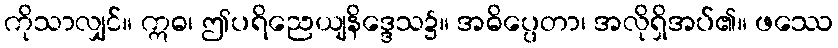
ကိုသာလျှင်။ ဣဓ၊ ဤပရိညေယျနိဒ္ဒေသ၌။ အဓိပ္ပေတာ၊ အလိုရှိအပ်၏။ ဖဿေ